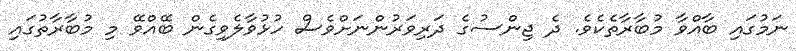
ނަމުގައި ބާއްވާ މުބާރާތެކެވެ. ދެ ޖިންސުގެ ދަރިވަރުންނަށްވެސް ހުޅުވާލެވިގެން ބޭއްވޭ މި މުބާރާތުގައި